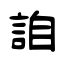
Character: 詯